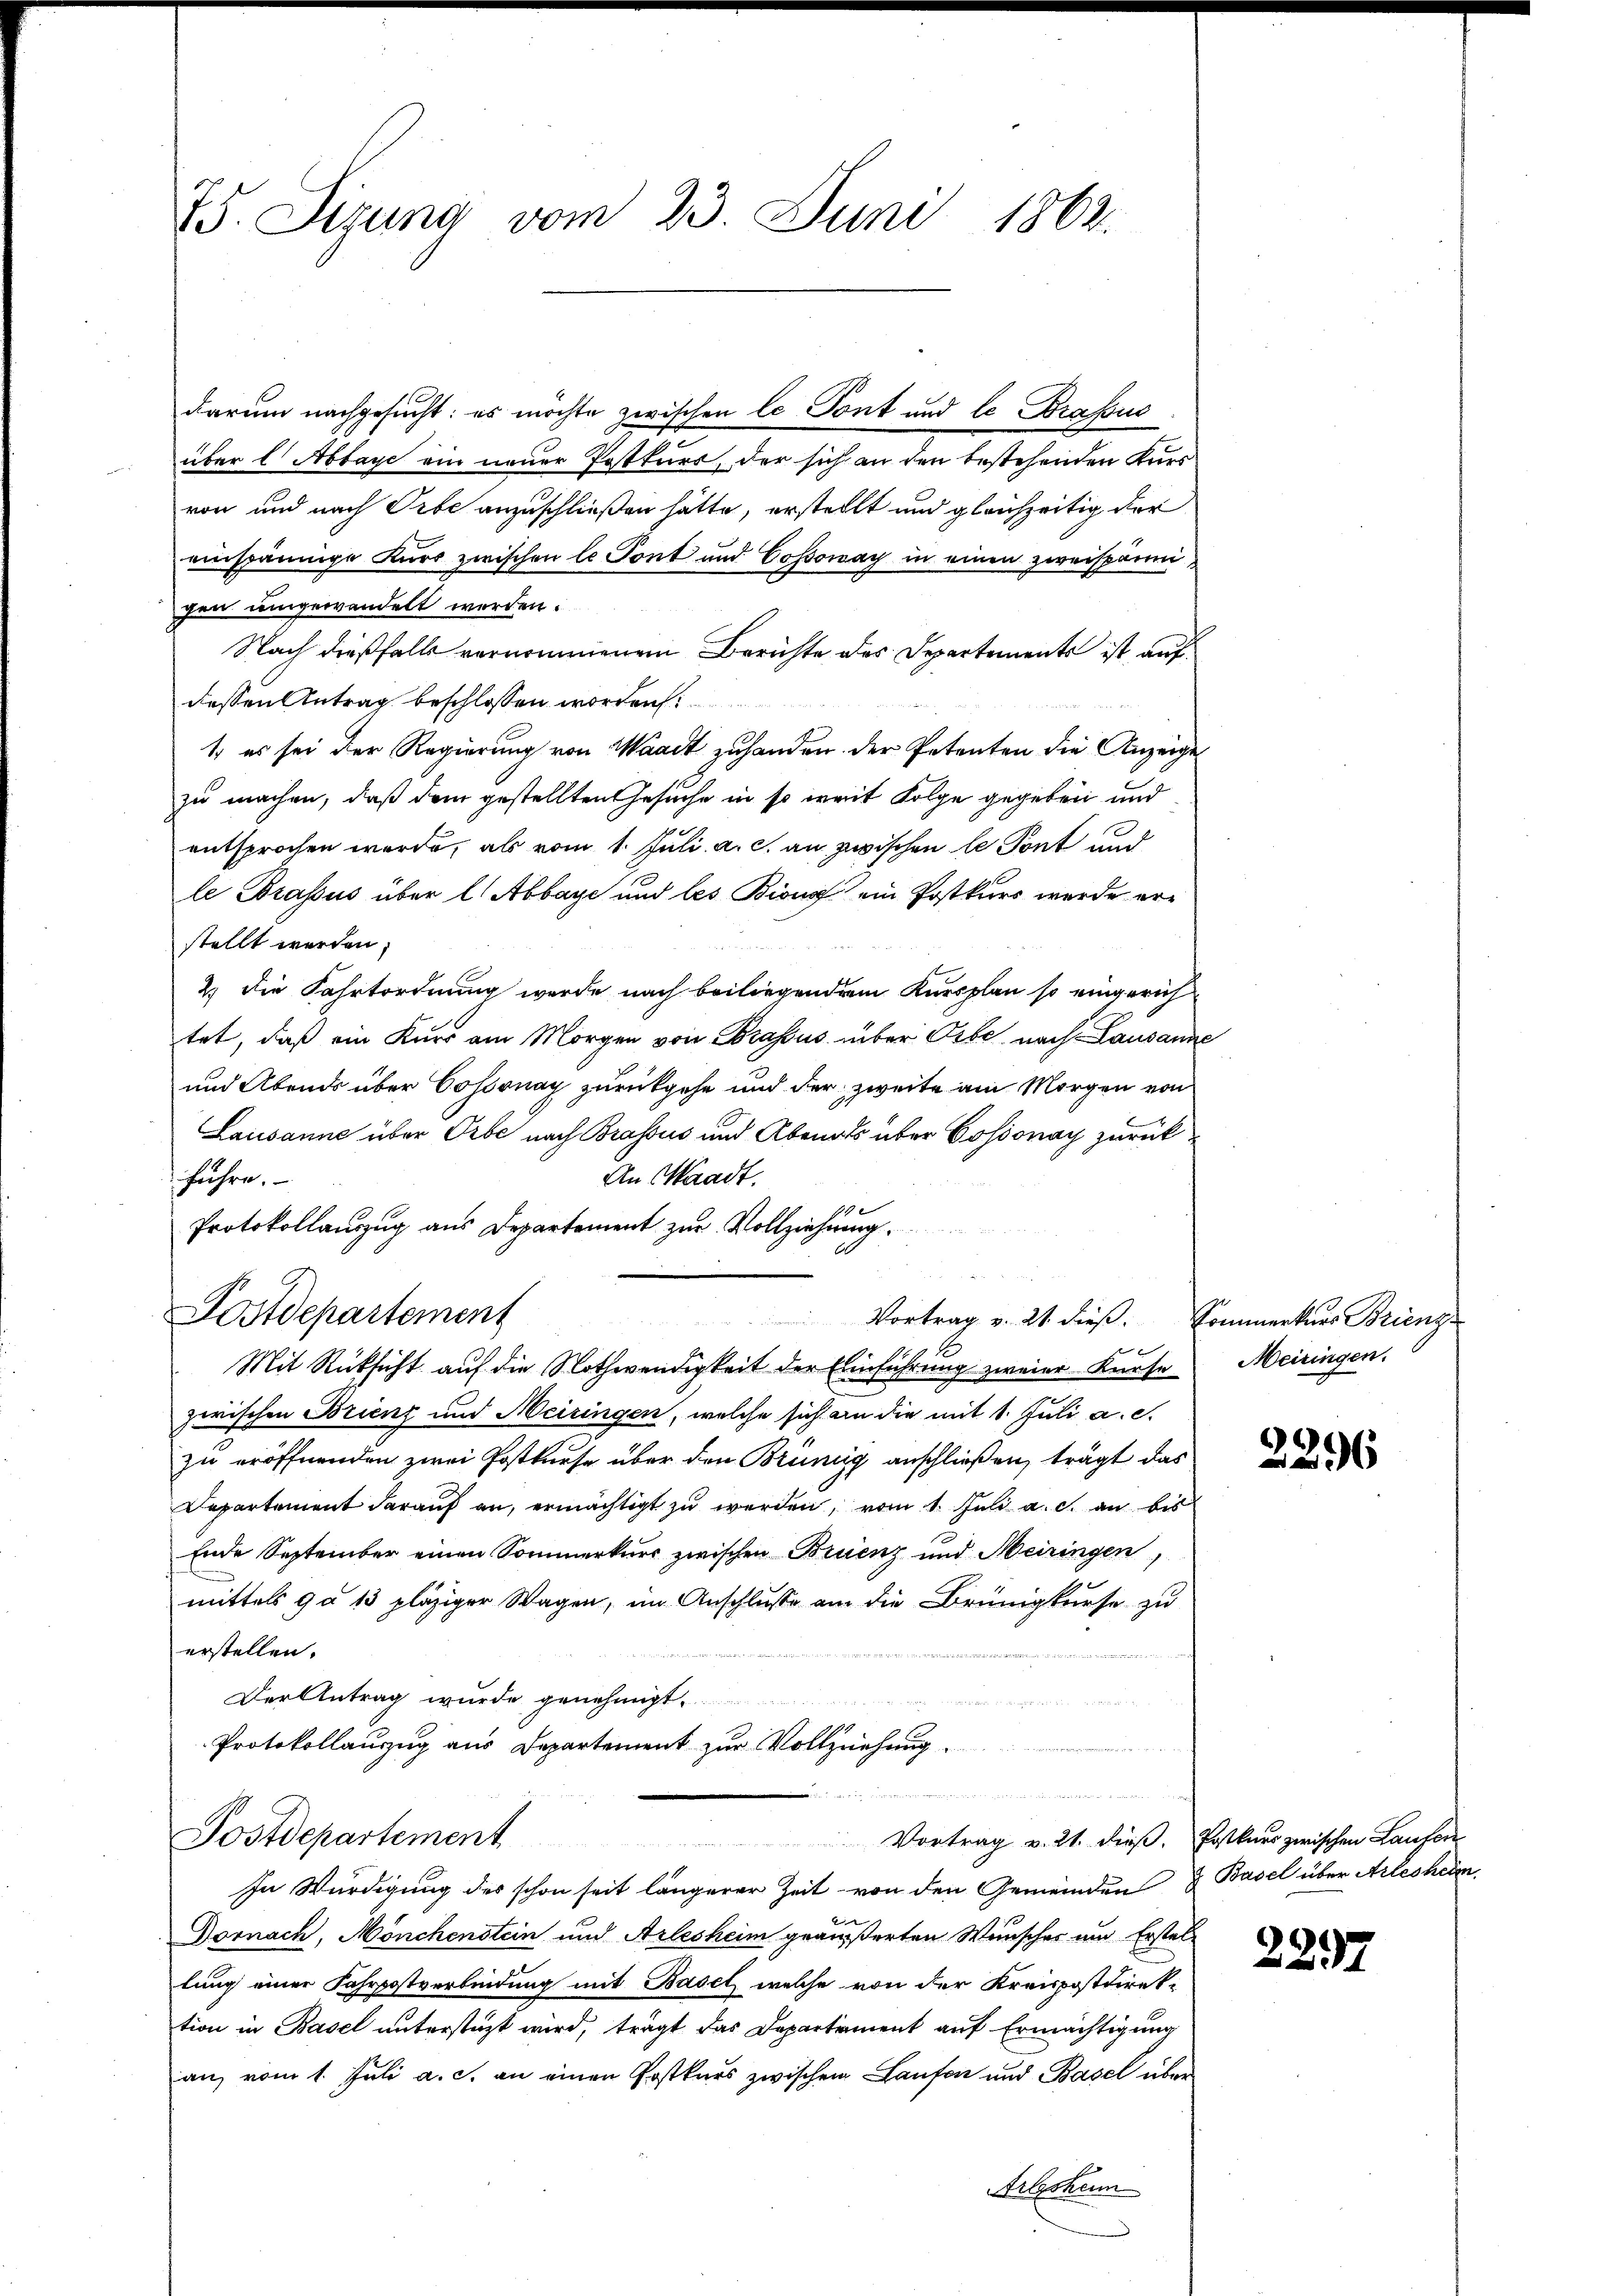
75. Sizung vom 23. Juni 1862.

darum nachgesucht: es möchte zwischen le Pont und le Brassus
über C Abbaye ein neuer Postkurs, der sich an den bestehenden Kurs
von und nach Tibe anzuschließen hätte, erstellt und gleichzeitig der
einspännige Kurs zwischen le Pont und Cossonay in einen zweispännigen umgewandelt werden.
Nach dießfalls vernommenen Berichte des Departements ist auf
dessen Antrag beschlossen worden:
1. es sei der Regierung von Waadt zuhanden der Petenten die Anzeige
zu machen, daß dem gestellten Gesuche in so weit Folge gegeben und
entsprochen werde, als vom 1. Juli a. c. an zwischen le Pont und
le Brassus über l. Abbaye und les Bing ein Postkurs werde erstellt werden.
2.) Die Fahrtordnung werde nach beiliegendem Kursplan so eingerichtet, daß ein Kurs am Morgen von Brassus über Orbe nach Lausanne
und Abends über Cossonay zurückgehe und der zweite am Morgen von
Lausanne über Orbe nach Brassus und Abenals über Cossonay zurückführe.
An Waadt.
Protokollauszug aus Departement zur Vollziehung.
Postdepartement
Vortrag v. 21. dieß.
Mit Rücksicht auf die Nothwendigkeit der Einführung zweier Kaufe
zwischen Brienz und Meiringen, welche sich an die mit 1. Juli a. c.
zu eröffnenden zwei Postkurse über den Brünig anschließen, trägt das
Departement darauf an, ermächtigt zu werden, vom 1. Juli a. c. an bis
Ende September einen Sommerkurs zwischen Bruenz und Meiringen,
mittels 9 à 13 pläziger Wagen, im Anschlusse am die Brünigkurse zu
erstellen.
Der Antrag wurde genehmigt.
Protokollauzug aus Departement zur Vollziehung.
u

Postdepartement
Vortrag v. 21. dieß. Postkurs zwischen Laufen
In Würdigung des schon seit längerer Zeit von den Gemeinden & Basel über Arlesheim
Dornach, Mönchenstein und Arlesheim geäußerten Wunsches um Erstel-
lung einer Fahrpostverbindung mit Basel, welche von der Kreispostdirek-
tion in Basel unterstüzt wird, trägt das Departement auf Ermächtigung
an, vom 1. Juli a. c. an einen Postkurs zwischen Laufen und Basel über

Kommerkurs Brienz
Meiringen.

2296

2237